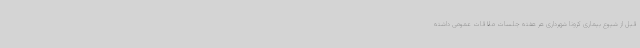
قبل از شیوع بیماری کرونا شهرداری هر هفته جلسات ملاقات عمومی داشته